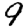
Digit: 9